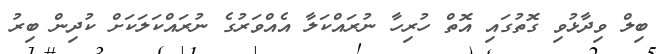
ބިލް ވިދާޅުވި ގޮތުގައި އޮތް ހުރިހާ ނުރައްކަލާ އެއްވަރުގެ ނުރައްކަލަކަށް ކުދިން ބިރު